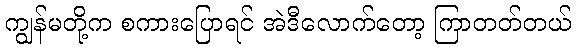
ကျွန်မတို့က စကားပြောရင် အဲဒီလောက်တော့ ကြာတတ်တယ်